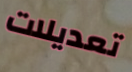
تعديلات